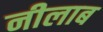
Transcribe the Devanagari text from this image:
नीलाब